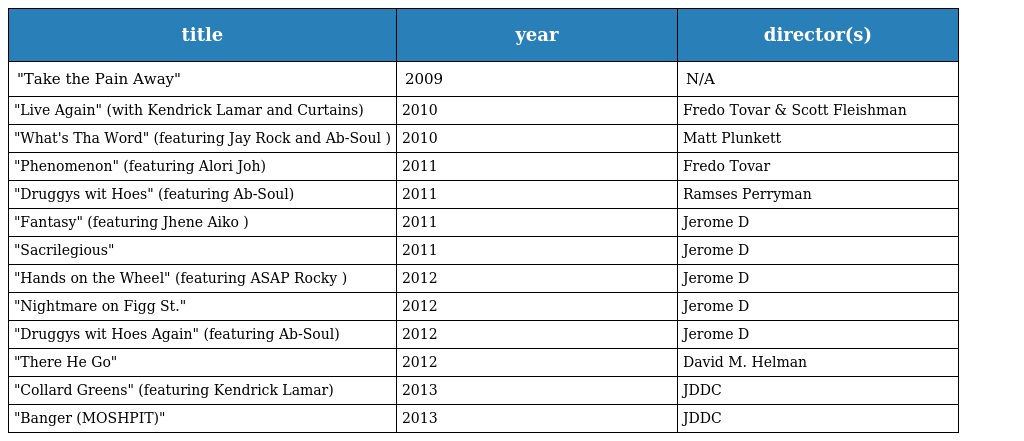
| title | year | director(s) |
 | --- | --- | --- |
 | "Take the Pain Away" | 2009 | N/A |
 | "Live Again" (with Kendrick Lamar and Curtains) | 2010 | Fredo Tovar & Scott Fleishman |
 | "What's Tha Word" (featuring Jay Rock and Ab-Soul ) | 2010 | Matt Plunkett |
 | "Phenomenon" (featuring Alori Joh) | 2011 | Fredo Tovar |
 | "Druggys wit Hoes" (featuring Ab-Soul) | 2011 | Ramses Perryman |
 | "Fantasy" (featuring Jhene Aiko ) | 2011 | Jerome D |
 | "Sacrilegious" | 2011 | Jerome D |
 | "Hands on the Wheel" (featuring ASAP Rocky ) | 2012 | Jerome D |
 | "Nightmare on Figg St." | 2012 | Jerome D |
 | "Druggys wit Hoes Again" (featuring Ab-Soul) | 2012 | Jerome D |
 | "There He Go" | 2012 | David M. Helman |
 | "Collard Greens" (featuring Kendrick Lamar) | 2013 | JDDC |
 | "Banger (MOSHPIT)" | 2013 | JDDC |